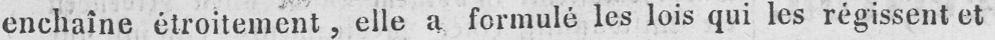
enchaîne étroitement, elle a formulé les lois qui les régissent et